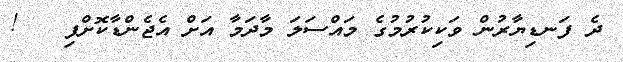
ދެ ފަނޑިޔާރުން ވަކިކުރުމުގެ މައްސަލަ މާދަމާ އަށް އެޖެންޑާކޮށްފި   !